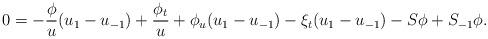
LaTeX: \begin{align*}0=-\frac{\phi}{u}(u_1-u_{-1})+\frac{\phi_t}{u}+\phi_u(u_1-u_{-1})-\xi_t(u_1-u_{-1})-S\phi+S_{-1}\phi.\end{align*}